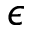
\mathcal { \epsilon }